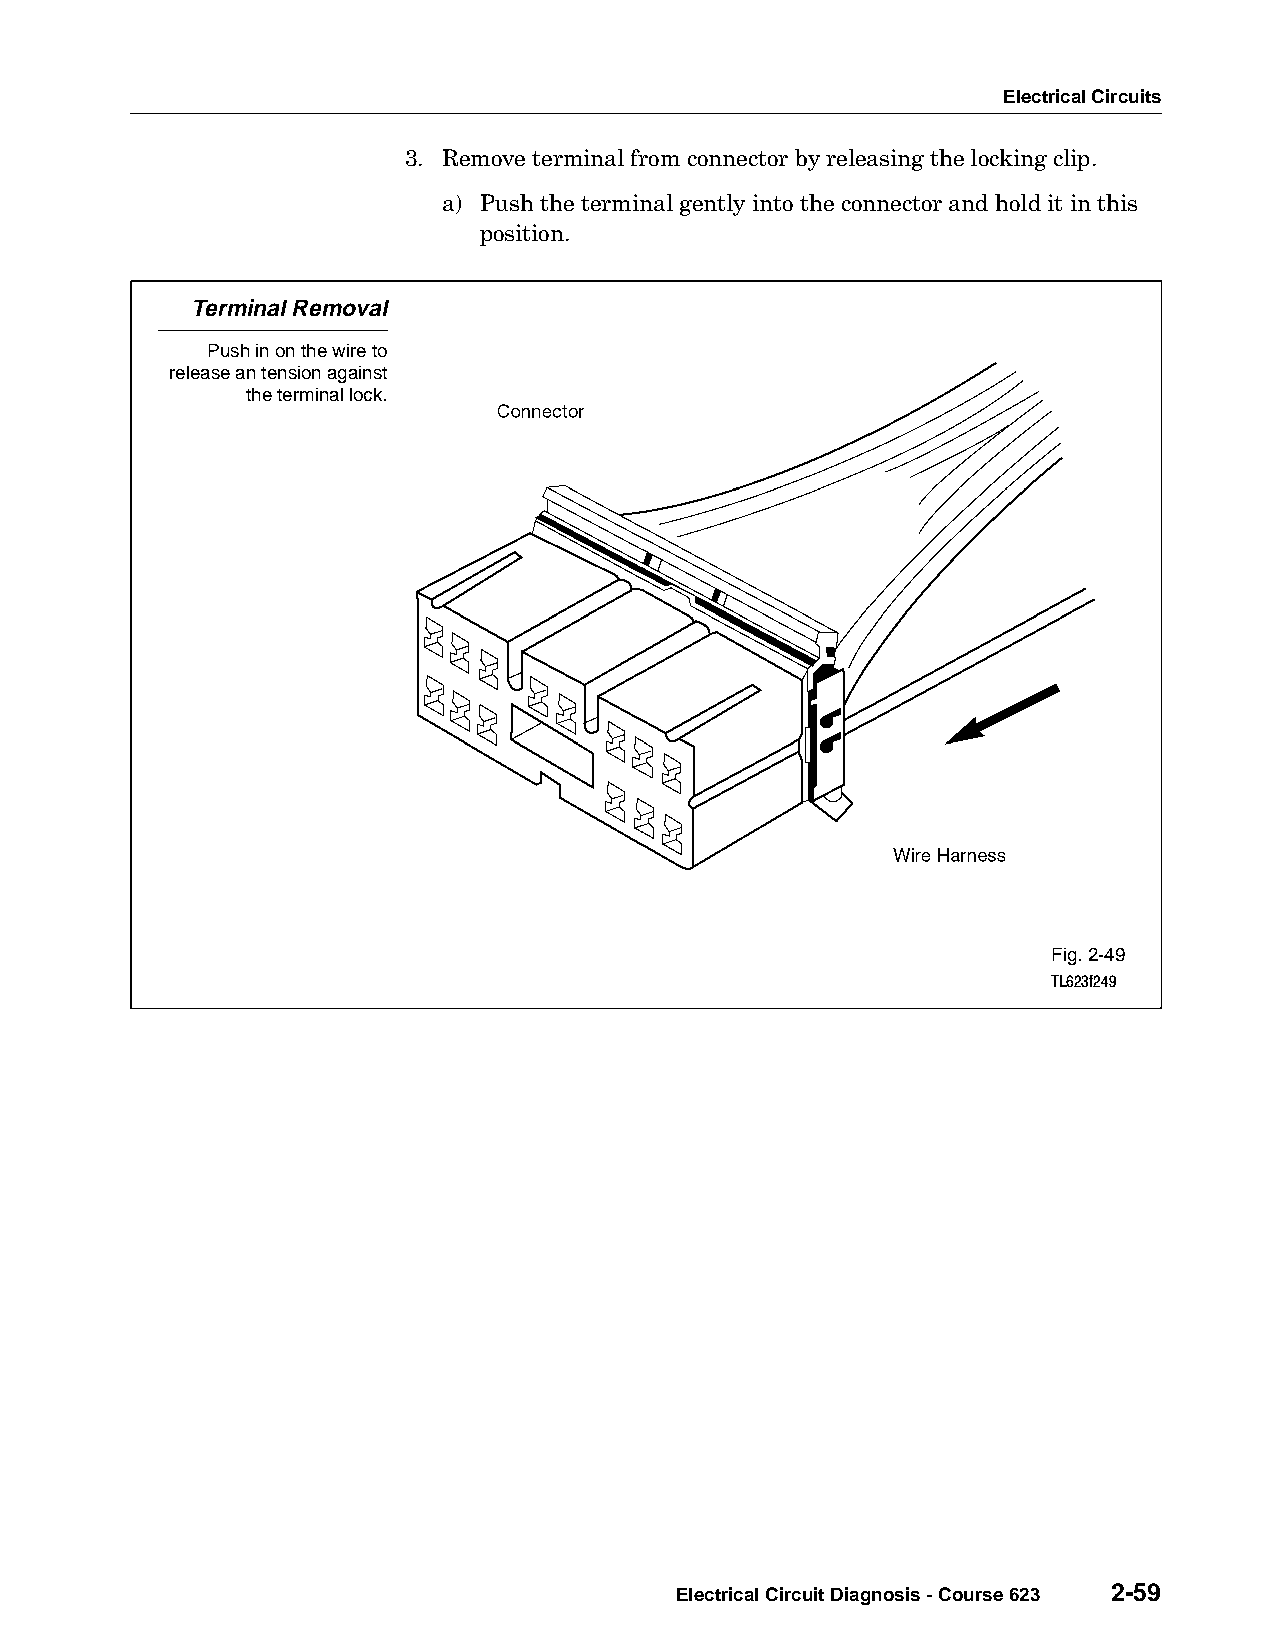
Electrical Circuits
 3. Remove terminal from connector by releasing the locking clip.
 a) Push the terminal gently into the connector and hold it in this
 position.
 Terminal Removal
 Push in on the wire to
 release an tension against
 the terminal lock.
 Fig. 2-49
 TL623f249
 Electrical Circuit Diagnosis - Course 623 2-59